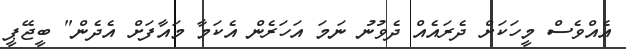
އެއްވެސް މީހަކަށް ދެރައެއް ދެވުނު ނަމަ އަހަރެން އެކަމާ މައާފަށް އެދެން" ބީޖޭޕީ